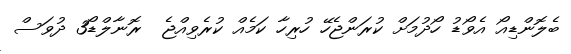
ބެލޮންޑިއޯ އެވޯޑު ހޯދުމަށް ކުރަންޖެހޭ ހުރިހާ ކަމެއް ކުރެވިއްޖެ  ރޮނާލްޑޯ3 ދުވަސް